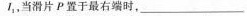
I_{1}，当滑片P置于最右端时，___